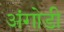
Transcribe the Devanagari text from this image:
अंगोडी